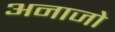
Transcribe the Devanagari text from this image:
अनाजो